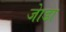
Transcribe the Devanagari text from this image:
जाेडा